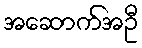
အဆောက်အဦ